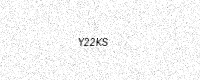
Text: Y22KS